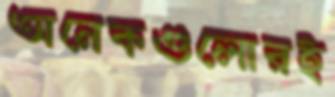
অনেকগুলোরই